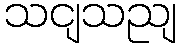
သငျသညျ